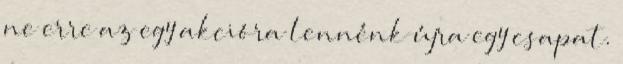
ne erre az egy akcióra lennénk újra egy csapat.